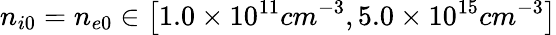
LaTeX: n_{i0}=n_{e0}\in\left[1.0\times 10^{11}cm^{-3},5.0\times 10^{15}cm^{-3}\right]